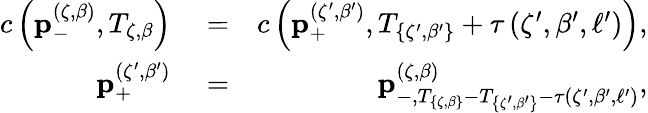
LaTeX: \begin{array}{rlr}{c\left(\mathbf{p}_{-}^{\left(\zeta,\beta\right)},T_{\zeta,\beta}\right)}&{{}=}&{c\left(\mathbf{p}_{+}^{\left(\zeta^{\prime},\beta^{\prime}\right)},T_{\left\{ \zeta^{\prime},\beta^{\prime}\right\} }+\tau\left(\zeta^{\prime},\beta^{\prime},\ell^{\prime}\right)\right),}\\ {\mathbf{p}_{+}^{\left(\zeta^{\prime},\beta^{\prime}\right)}}&{{}=}&{\mathbf{p}_{-,T_{\left\{ \zeta,\beta\right\} }-T_{\left\{ \zeta^{\prime},\beta^{\prime}\right\} }-\tau\left(\zeta^{\prime},\beta^{\prime},\ell^{\prime}\right)}^{\left(\zeta,\beta\right)},}\end{array}